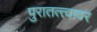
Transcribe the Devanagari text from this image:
पुरातत्त्वावर